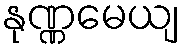
နုဏ္ဏမေယျ